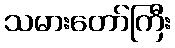
သမားတော်ကြီး